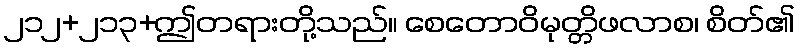
၂၁၂+၂၁၃+ဤတရားတို့သည်။ စေတောဝိမုတ္တိဖလာစ၊ စိတ်၏